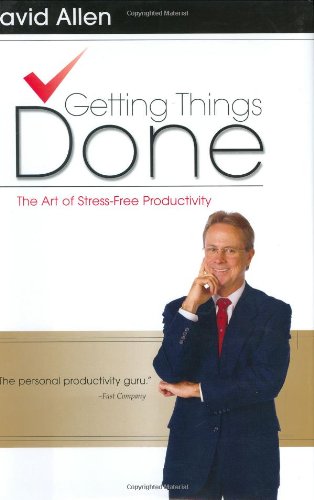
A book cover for Getting Things Done: The Art of Stress-Free Productivity; David Allen; Self-Help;